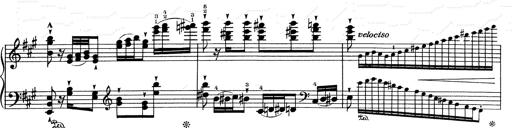
Title: RÃ©miniscences de Don Juan
Composer: Franz Liszt